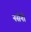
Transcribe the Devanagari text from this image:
नसैनी